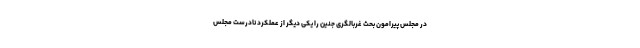
در مجلس پیرامون بحث غربالگری جنین را یکی دیگر از عملکرد نادرست مجلس